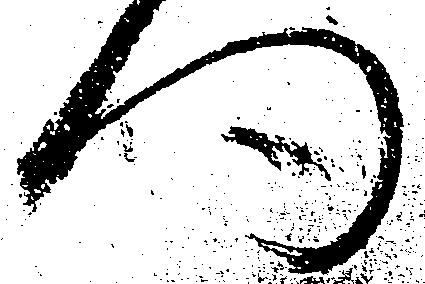
門